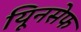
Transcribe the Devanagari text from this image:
यिूनसेफ